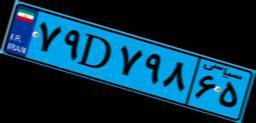
۷۹D۷۹۸۶۵